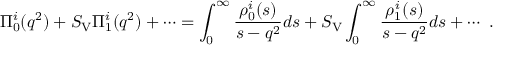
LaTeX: \Pi _ { 0 } ^ { i } ( q ^ { 2 } ) + S _ { \mathrm { V } } \Pi _ { 1 } ^ { i } ( q ^ { 2 } ) + \cdots = \int _ { 0 } ^ { \infty } { \frac { \rho _ { 0 } ^ { i } ( s ) } { s - q ^ { 2 } } } d s + S _ { \mathrm { V } } \int _ { 0 } ^ { \infty } { \frac { \rho _ { 1 } ^ { i } ( s ) } { s - q ^ { 2 } } } d s + \cdots \ .